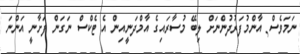
ނަމަވެސް